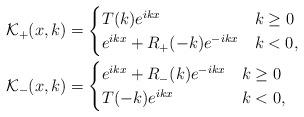
LaTeX: \begin{align*}\mathcal{K}_+(x,k) & = \begin{cases}T(k) e^{ikx} & k\geq0\\e^{ikx} + R_+(-k)e^{-ikx} & k<0,\end{cases}\\\mathcal{K}_-(x,k) & = \begin{cases}e^{ikx} + R_-(k) e^{-ikx} & k\geq0\\T(-k) e^{ikx} & k<0,\end{cases}\end{align*}